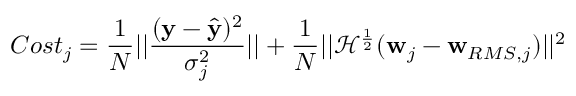
C o s t _ { j } = \frac { 1 } { N } | | \frac { ( \mathbf { y } - \hat { { \mathbf { y } } } ) ^ { 2 } } { \sigma _ { j } ^ { 2 } } | | + \frac { 1 } { N } | | \mathcal { H } ^ { \frac { 1 } { 2 } } ( \mathbf { w } _ { j } - \mathbf { w } _ { R M S , j } ) | | ^ { 2 }